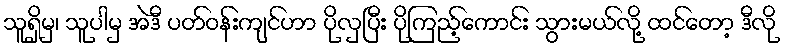
သူရှိမှ၊ သူပါမှ အဲဒီ ပတ်ဝန်းကျင်ဟာ ပိုလှပြီး ပိုကြည့်ကောင်း သွားမယ်လို့ ထင်တော့ ဒီလို